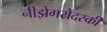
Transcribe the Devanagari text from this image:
नीझेगरोदस्की